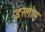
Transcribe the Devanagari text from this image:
इस्लोम